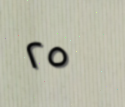
٢٥